Medical and sanitary report of the native army of Bengal for the year
Year: 1875
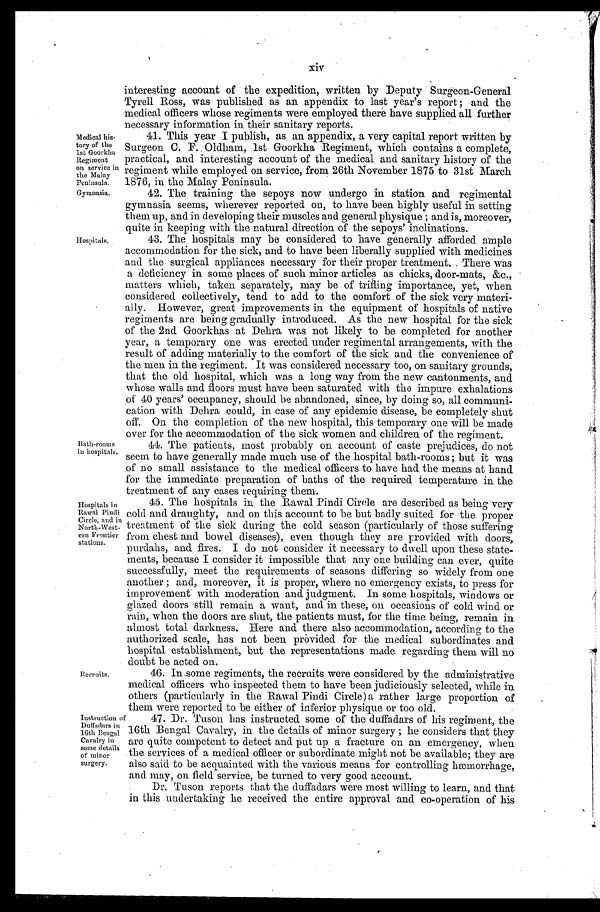
Medical his
- t o r y o f t h e
1st Goorkha
Regiment
on service in
the Malay
Peninsula.
Gymnasia
Hospitals.
Bath-rooms
in hospitals.
Hospitals in
Rawal Pindi
Circle, and
in North-West
-ern Frontier
stations.
Recruits.
xiv
interesting account of the expedition, written by Deputy Surgeon-General
Tyrell Ross, was published as an appendix to last year's report; and the
medical officers whose regiments were employed there have supplied all further
necessary information in their sanitary reports.
41. This year I publish, as an appendix, a very capital report written by
Surgeon C. F. Oldham, 1st Goorkha Regiment, which contains a complete,
practical, and interesting account of the medical and sanitary history of the
regiment while employed on service, from 26th November 1875 to 31st March
1876, in the Malay Peninsula.
42. The training the sepoys now undergo in station and regimental
gymnasia seems, wherever reported on, to have been highly useful in setting
them up, and in developing their muscles and general physique; and is, moreover,
quite in keeping with the natural direction of the sepoys' inclinations.
43. The hospitals may be considered to have generally afforded ample
accommodation for the sick, and to have been liberally supplied with medicines
and the surgical appliances necessary for their proper treatment. There was
a deficiency in some places of such minor articles as chicks, door-mats, &c.,
matters which, taken separately, may be of trifling importance, yet, when
considered collectively, tend to add to the comfort of the sick very materi
- a l l y . H o w e v e r , g r e a t i m p r o v e m e n t s i n t h e e q u i p m e n t o f h o s p i t a l s o f n a t i v e
regiments are being gradually introduced. As the new hospital for the sick
of the 2nd Goorkhas at Dehra was not likely to be completed for another
year, a temporary one was erected under regimental arrangements, with the
result of adding materially to the comfort of the sick and the convenience of
the men in the regiment. It was considered necessary too, on sanitary grounds,
that the old hospital, which was a long way from the new cantonments, and
whose walls and floors must have been saturated with the impure exhalations
of 40 years' occupancy, should be abandoned, since, by doing so, all communi
-cation with Dehra could, in case of any epidemic disease, be completely shut
off. On the completion of the new hospital, this temporary one will be made
over for the accommodation of the sick women and children of the regiment.
44. The patients, most probably on account of caste prejudices, do not
seem to have generally made much use of the hospital bath-rooms; but it was
of no small assistance to the medical officers to have had the means at hand
for the immediate preparation of baths of the required temperature in the
treatment of any cases requiring them.
45. The hospitals in the Rawal Pindi Circle are described as being very
cold and draughty, and on this account to be but badly suited for the proper
treatment of the sick during the cold season (particularly of those suffering
from chest and bowel diseases), even though they are provided with doors,
purdahs, and fires. I do not consider it necessary to dwell upon these state
-ments, because I consider it impossible that any one building can ever, quite
successfully, meet the requirements of seasons differing so widely from one
another; and, moreover, it is proper, where no emergency exists, to press for
improvement with moderation and judgment. In some hospitals, windows or
glazed doors still remain a want, and in these, on occasions of cold wind or
rain, when the doors are shut, the patients must, for the time being, remain in
almost total darkness. Here and there also accommodation, according to the
authorized scale, has not been provided for the medical subordinates and
hospital establishment, but the representations made regarding them will no
doubt be acted on.
46. In some regiments, the recruits were considered by the administrative
medical officers who inspected them to have been judiciously selected, while in
others (particularly in the Rawal Pindi Circle) a rather large proportion of
them were reported to be either of inferior physique or too old.
Instruction of
Duffadars in
16th Bengal
Cavalry in
some details
of minor
surgery.
47. Dr. Tuson has instructed some of the duffadars of his regiment, the
16th Bengal Cavalry, in the details of minor surgery; he considers that they
are quite competent to detect and put up a fracture on an emergency, when
the services of a medical officer or subordinate might not be available; they are
also said to be acquainted with the various means for controlling hæmorrhage,
and may, on field service, be turned to very good account.
Dr. Tuson reports that the duffadars were most willing to learn, and that
in this undertaking he received the entire approval and co-operation of his